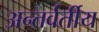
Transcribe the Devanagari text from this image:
अन्‍तर्वर्तीय